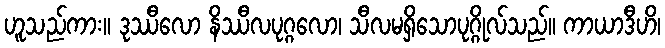
ဟူသည်ကား။ ဒုဿီလော နိဿီလပုဂ္ဂလော၊ သီလမရှိသောပုဂ္ဂိုလ်သည်။ ကာယာဒီဟိ၊